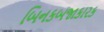
બિનકબજાકારક